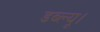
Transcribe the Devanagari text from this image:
डब्ल्यू।